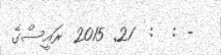
- :  :  21